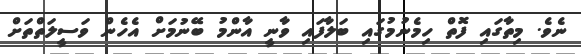
ނެވެ. މިތާގައި ފޮތް ހިމެނުމުގައި ބަލާފައި ވާނީ އާންމު ބޭނުމަަށް އެހެން ވަސީލަތްތަށް